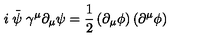
i \stackrel { \_ } { \psi } \gamma ^ { \mu } \partial _ { \mu } \psi = \frac { 1 } { 2 } \left( \partial _ { \mu } \phi \right) \left( \partial ^ { \mu } \phi \right)